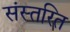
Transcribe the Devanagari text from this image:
संस्तरित